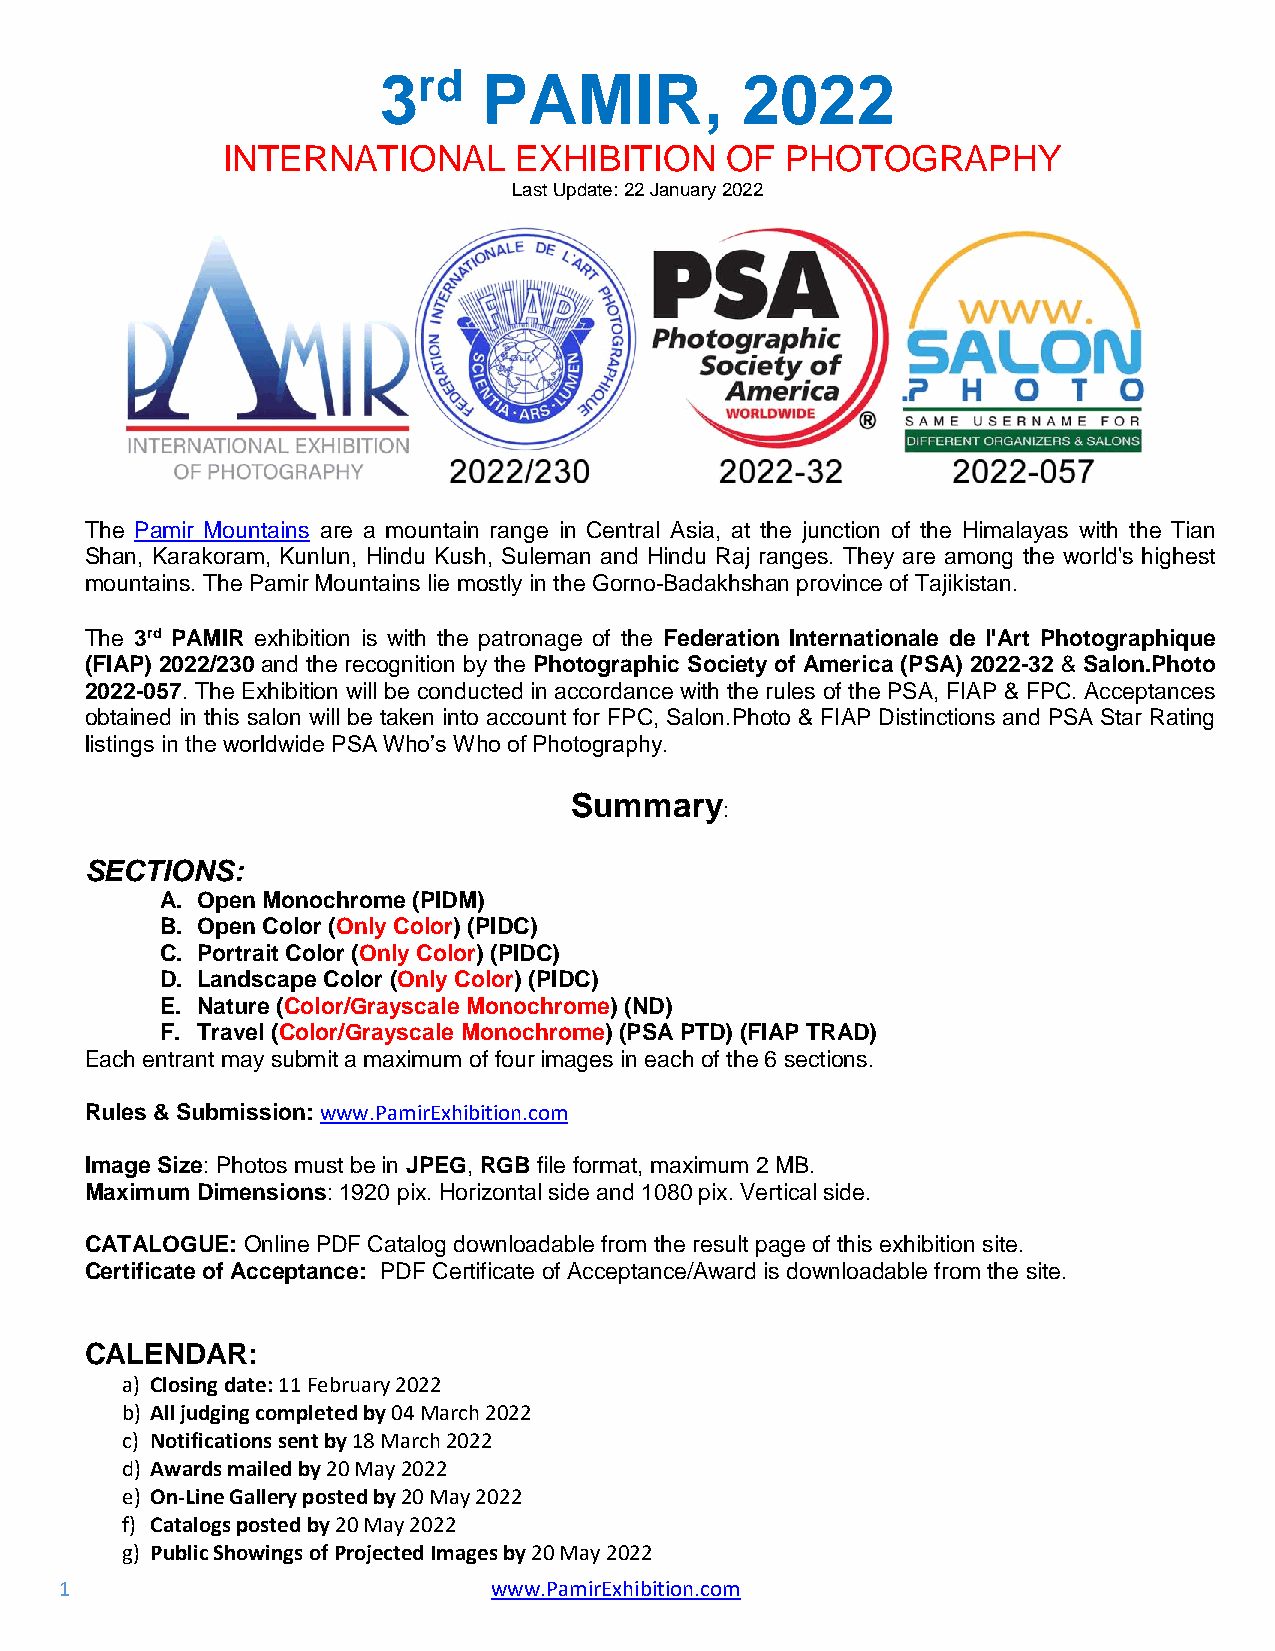
3rd    PAMIR,           2022
 INTERNATIONAL      EXHIBITION    OF  PHOTOGRAPHY
 Last Update: 22 January 2022
 The Pamir Mountains are a mountain range in Central Asia, at the junction of the Himalayas with the Tian
 Shan, Karakoram, Kunlun, Hindu Kush, Suleman and Hindu Raj ranges. They are among the world's highest
 mountains. The Pamir Mountains lie mostly in the Gorno-Badakhshan province of Tajikistan.
 The 3rd PAMIR exhibition is with the patronage of the Federation Internationale de l'Art Photographique
 (FIAP) 2022/230 and the recognition by the Photographic Society of America (PSA) 2022-32 & Salon.Photo
 2022-057. The Exhibition will be conducted in accordance with the rules of the PSA, FIAP & FPC. Acceptances
 obtained in this salon will be taken into account for FPC, Salon.Photo & FIAP Distinctions and PSA Star Rating
 listings in the worldwide PSA Who’s Who of Photography.
 Summary
 :
 SECTIONS:
 A. Open Monochrome (PIDM)
 B. Open Color (Only Color) (PIDC)
 C. Portrait Color (Only Color) (PIDC)
 D. Landscape Color (Only Color) (PIDC)
 E. Nature (Color/Grayscale Monochrome) (ND)
 F. Travel (Color/Grayscale Monochrome) (PSA PTD) (FIAP TRAD)
 Each entrant may submit a maximum of four images in each of the 6 sections.
 Rules & Submission: www.PamirExhibition.com
 Image Size: Photos must be in JPEG, RGB file format, maximum 2 MB.
 Maximum Dimensions: 1920 pix. Horizontal side and 1080 pix. Vertical side.
 CATALOGUE: Online PDF Catalog downloadable from the result page of this exhibition site.
 Certificate of Acceptance: PDF Certificate of Acceptance/Award is downloadable from the site.
 CALENDAR:
 a) Closing date: 11 February 2022
 b) All judging completed by 04 March 2022
 c) Notifications sent by 18 March 2022
 d) Awards mailed by 20 May 2022
 e) On-Line Gallery posted by 20 May 2022
 f) Catalogs posted by 20 May 2022
 g) Public Showings of Projected Images by 20 May 2022
 1                            www.PamirExhibition.com